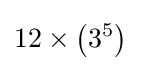
12\times \left(3^{5}\right)